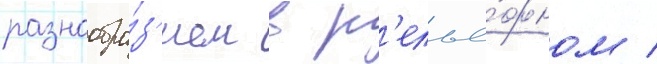
разнообра́з'ием в р'елье́фном /